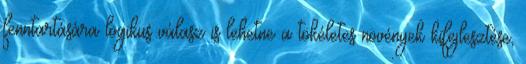
fenntartására logikus válasz is lehetne a tökéletes növények kifejlesztése,